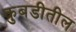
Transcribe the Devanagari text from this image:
कुबडीतील